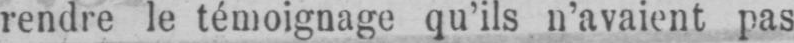
rendre le témoignage qu’ils n’avaient pas